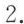
2.